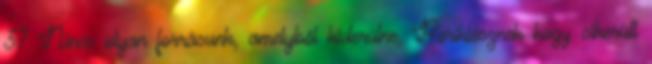
37 Nincs olyan forrásunk, amelyből kiderülne, Periklésznek hogy sikerült